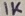
Text: 1K